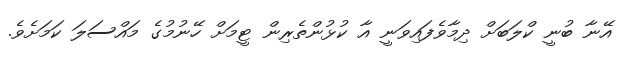
އޭނާ ބުނީ ކްލަަބަށް ދިމާވެފައިވަނީ އާ ކުޅުންތެރިން ޓީމަށް ހޭނުމުގެ މައްސަލަ ކަމަށެވެ.